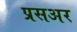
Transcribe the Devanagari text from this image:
प्रसअर